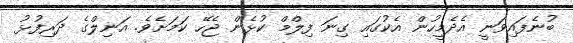
ބުނެފައިވަނީ އެދެމީހުން އެކުގައި ގިނަ ފިލްމް ކުޅެން ޖެހޭ ކަމަށެވެ. އަނިލްގެ ދަރިފުޅު